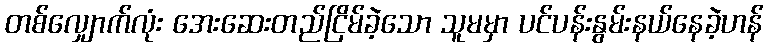
တစ်လျှောက်လုံး အေးဆေးတည်ငြိမ်ခဲ့သော သူမမှာ ပင်ပန်းနွမ်းနယ်နေခဲ့ဟန်